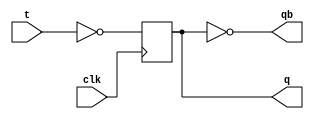
module T_FF(clk,t,q,qb);
input t,clk;
output reg q;
output qb;

always@(posedge clk)
begin
q <= (~t);
end
assign qb = ~q;
endmodule